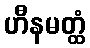
ဟီနမတ္ထံ